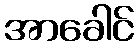
အာခေါင်